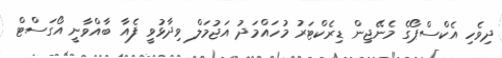
ދިވެހި އެެކްސްޕޯގެ މެނޭޖިން ޑިރެކްޓަރު މުހައްމަދު އަޖުމަލް ވިދާޅުވީ ފެއާ ބާއްވާނީ އޯގަސްޓް